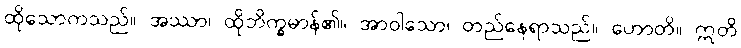
ထိုသောကသည်။ အဿာ၊ ထိုဘိက္ခမာန်၏။ အာဝါသော၊ တည်နေရာသည်။ ဟောတိ။ ဣတိ